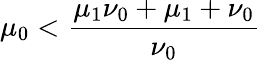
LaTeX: \mu_{0}<\frac{\mu_{1}\nu_{0}+\mu_{1}+\nu_{0}}{\nu_{0}}